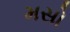
મસો